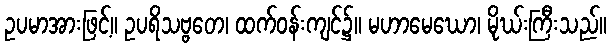
ဥပမာအားဖြင့်။ ဥပရိသဗ္ဗတေ၊ ထက်ဝန်းကျင်၌။ မဟာမေဃော၊ မိုဃ်းကြီးသည်။